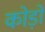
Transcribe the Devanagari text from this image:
कोड़ो